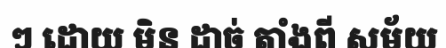
ៗ ដោយ មិន ដាច់ តាំងពី សម័យ